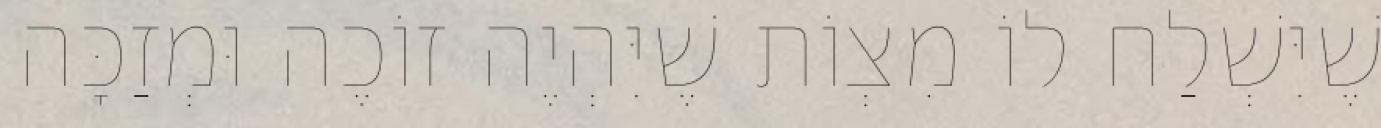
שֶׁיִּשְׁלַח לוֹ מִצְוֹת שֶׁיִּהְיֶה זוֹכֶה וּמְזַכָּה